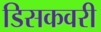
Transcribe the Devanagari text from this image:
डिसकवरी